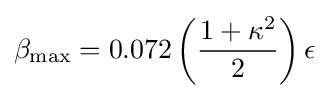
\beta _{\text{max}}=0.072\left({\frac {1+\kappa ^{2}}{2}}\right)\epsilon